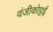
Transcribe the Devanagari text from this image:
वंजीकोट्टई